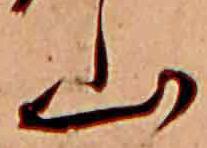
山